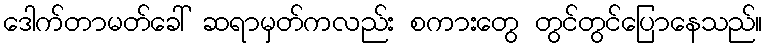
ဒေါက်တာမတ်ခေါ် ဆရာမှတ်ကလည်း စကားတွေ တွင်တွင်ပြောနေသည်။